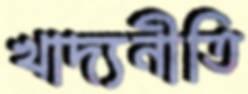
খাদ্যনীতি